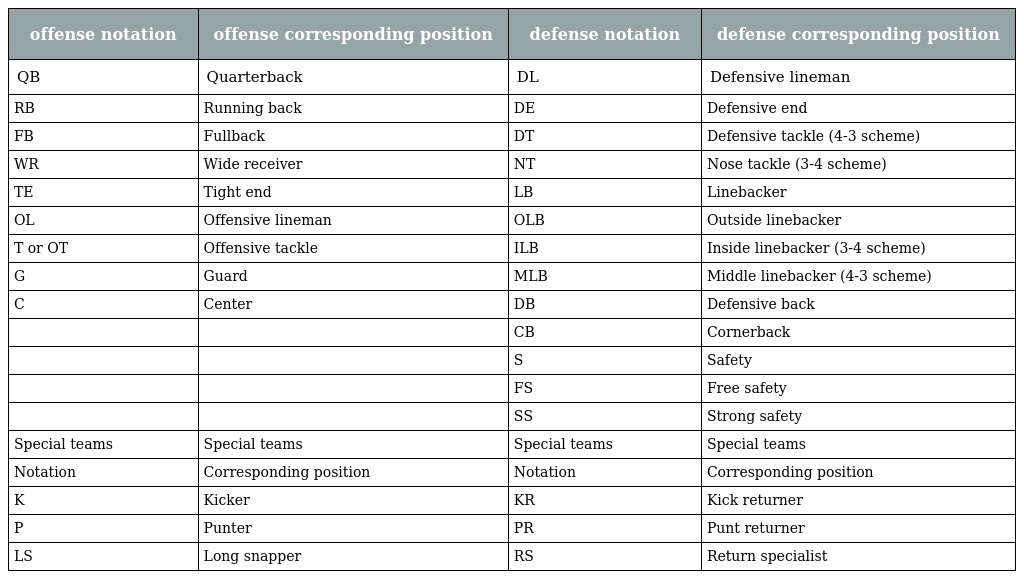
| offense notation | offense corresponding position | defense notation | defense corresponding position |
 | --- | --- | --- | --- |
 | QB | Quarterback | DL | Defensive lineman |
 | RB | Running back | DE | Defensive end |
 | FB | Fullback | DT | Defensive tackle (4-3 scheme) |
 | WR | Wide receiver | NT | Nose tackle (3-4 scheme) |
 | TE | Tight end | LB | Linebacker |
 | OL | Offensive lineman | OLB | Outside linebacker |
 | T or OT | Offensive tackle | ILB | Inside linebacker (3-4 scheme) |
 | G | Guard | MLB | Middle linebacker (4-3 scheme) |
 | C | Center | DB | Defensive back |
 |  |  | CB | Cornerback |
 |  |  | S | Safety |
 |  |  | FS | Free safety |
 |  |  | SS | Strong safety |
 | Special teams | Special teams | Special teams | Special teams |
 | Notation | Corresponding position | Notation | Corresponding position |
 | K | Kicker | KR | Kick returner |
 | P | Punter | PR | Punt returner |
 | LS | Long snapper | RS | Return specialist |